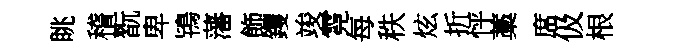
眺稽翫卑鴇藩飾钁竣霓每秩炫折怦藁席伋根